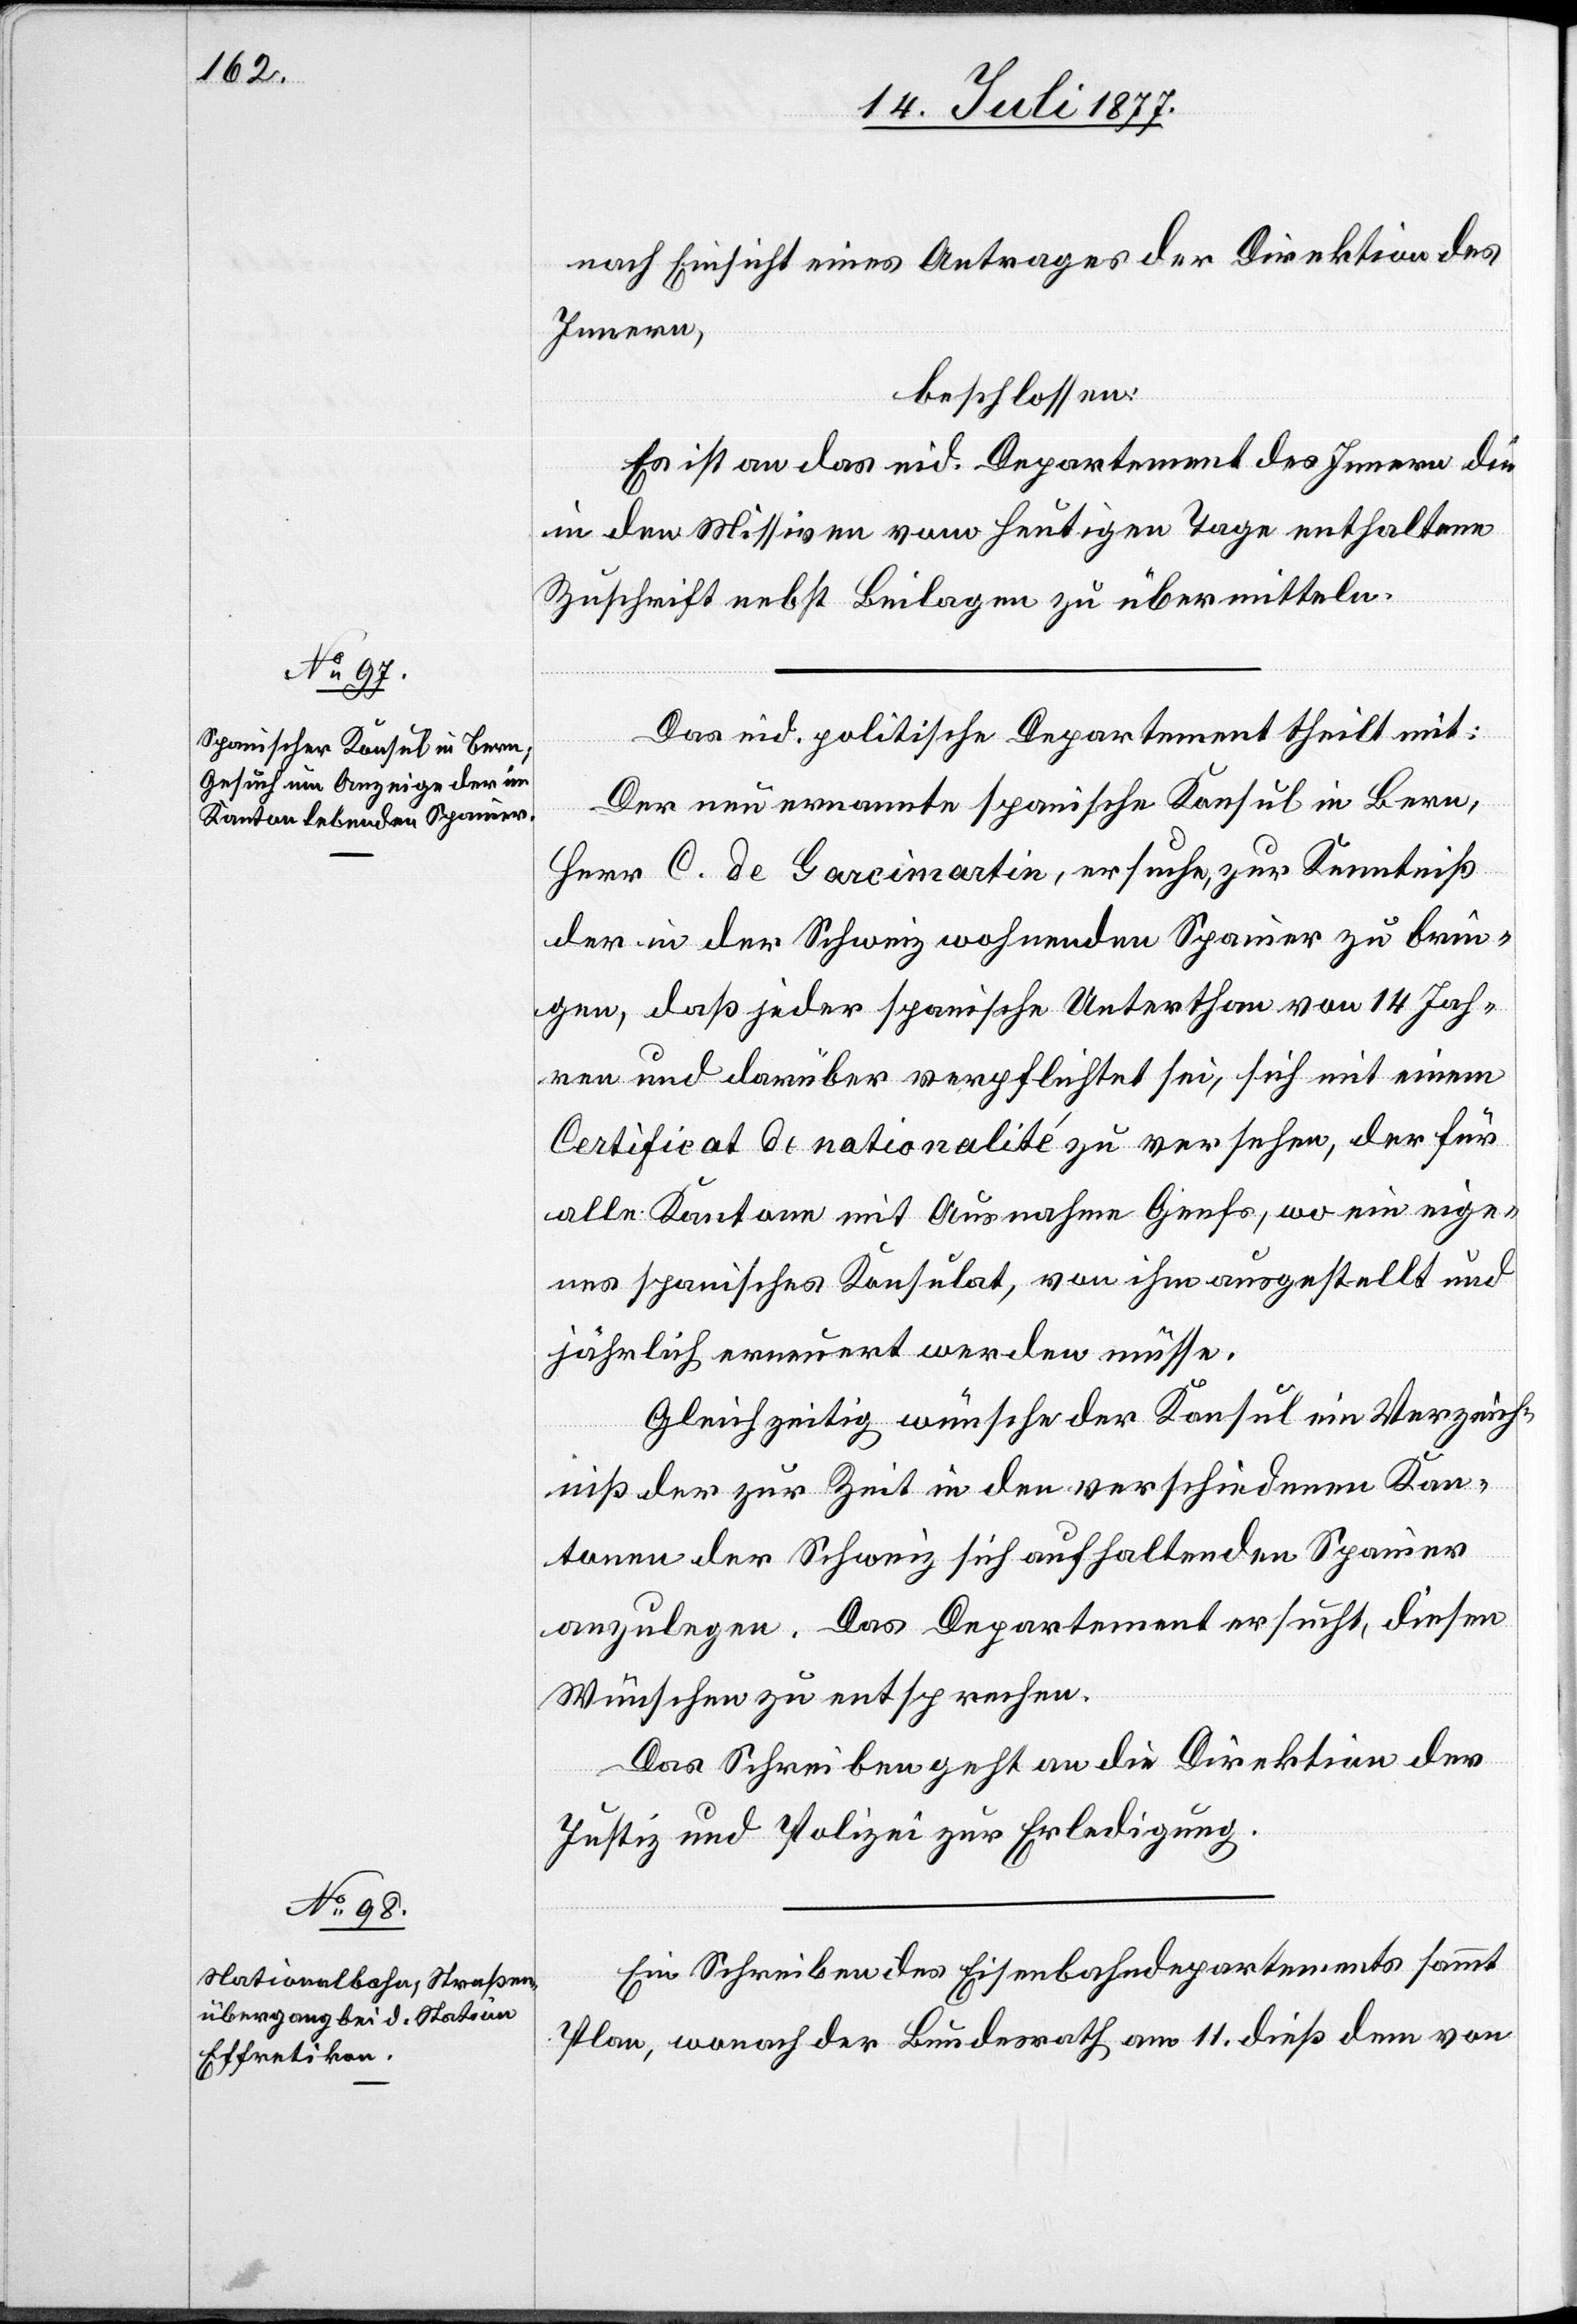
19. Juli 1877.]
nach Einsicht eines Antrages der Direktion des
Innern,
beschlossen:
Es ist an das eid. Departement des Innern die
in den Missiven vom heutigen Tage enthaltene
Zuschrift nebst Beilagen zu übermitteln.
Das eid. politische Departement theilt mit:
Der neu ernannte spanische Konsul in Bern,
Herr C. de Garcimartin, ersuchte, zur Kenntniß
der in der Schweiz wohnenden Spanier zu brin¬
gen, daß jeder spanische Unterthan von 14 Jah¬
ren und darüber verpflichtet sei, sich mit einem
Certificat de nationalité zu versehen, der für
alle Kantone mit Ausnahme Genfs, wo ein eige¬
nes spanisches Konsulat, von ihm ausgestellt und
jährlich erneuert werden müsse.
Gleichzeitig wünsche der Konsul ein Verzeich¬
niß der zur Zeit in den verschiedenen Kan¬
tonen der Schweiz sich aufhaltenden Spanier
anzulegen. Das Departement ersucht, diesen
Wünschen zu entsprechen.
Das Schreiben geht an die Direktikon der
Justiz und Polizei zur Erledigung.
Ein Schreiben des Eisenbahndepartements sammt
Plan, wonach der Bundesrath am 11. dieß dem von